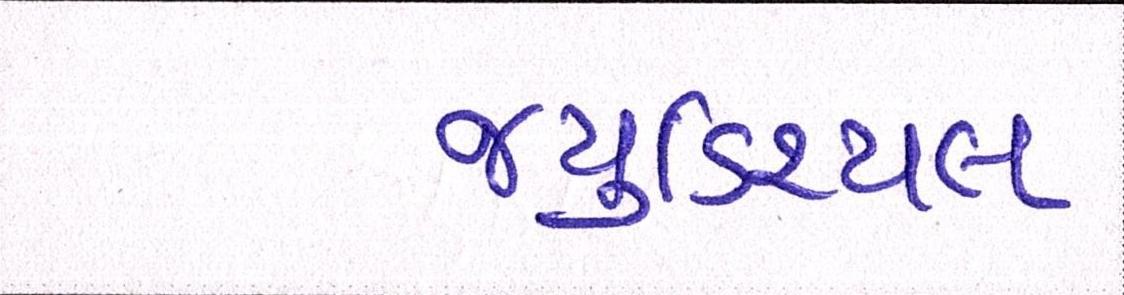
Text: જ્યુડિશ્યલ